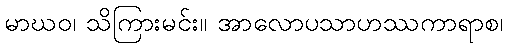
မာဃဝ၊ သိကြားမင်း။ အာလောပသာဟဿကာရာစ၊